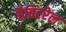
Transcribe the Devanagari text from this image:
हैबिटरेल